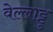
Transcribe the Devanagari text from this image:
वेल्लाट्टु